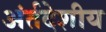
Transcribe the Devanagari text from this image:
अंर्तदेशीय